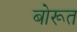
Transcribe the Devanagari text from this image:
बोरूत